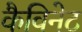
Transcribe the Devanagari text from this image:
कैविनेट